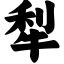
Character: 犁